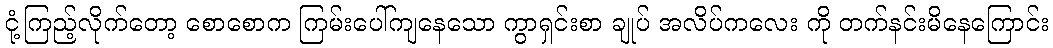
ငုံ့ကြည့်လိုက်တော့ စောစောက ကြမ်းပေါ်ကျနေသော ကွာရှင်းစာ ချုပ် အလိပ်ကလေး ကို တက်နင်းမိနေကြောင်း